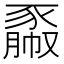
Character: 𧱯